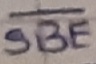
Text: SBE